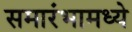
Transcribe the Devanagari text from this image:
समारंभामध्ये